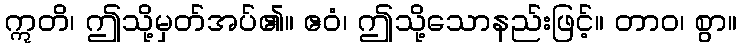
ဣတိ၊ ဤသို့မှတ်အပ်၏။ ဧဝံ၊ ဤသို့သောနည်းဖြင့်။ တာဝ၊ စွာ။